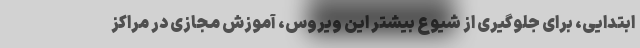
ابتدایی، برای جلوگیری از شیوع بیشتر این ویروس، آموزش مجازی در مراکز